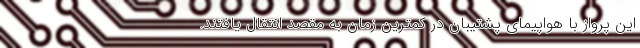
این پرواز با هواپیمای پشتیبان در کمترین زمان به مقصد انتقال یافتند.